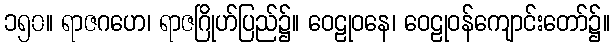
၁၅၀။ ရာဇဂဟေ၊ ရာဇဂြိုဟ်ပြည်၌။ ဝေဠုဝနေ၊ ဝေဠုဝန်ကျောင်းတော်၌။